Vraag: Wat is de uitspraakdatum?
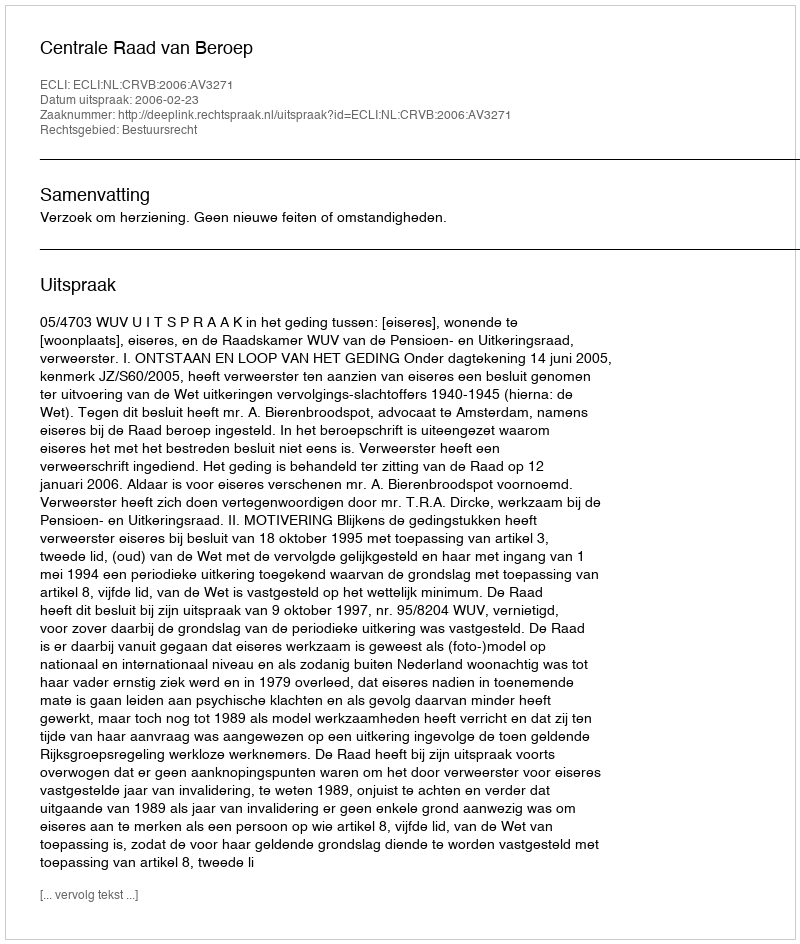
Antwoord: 2006-02-23